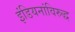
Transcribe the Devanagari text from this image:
इंडियनांविरुद्ध